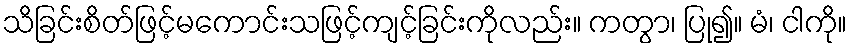
သိခြင်းစိတ်ဖြင့်မကောင်းသဖြင့်ကျင့်ခြင်းကိုလည်း။ ကတွာ၊ ပြု၍။ မံ၊ ငါကို။